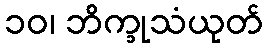
၁၀၊ ဘိက္ခုသံယုတ်